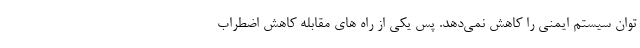
توان سیستم ایمنی را کاهش نمی‌دهد. پس یکی از راه های مقابله کاهش اضطراب